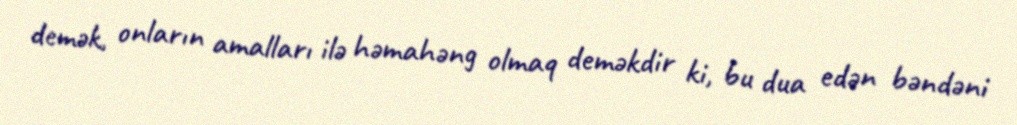
demək, onların amalları ilə həmahəng olmaq deməkdir ki, bu dua edən bəndəni